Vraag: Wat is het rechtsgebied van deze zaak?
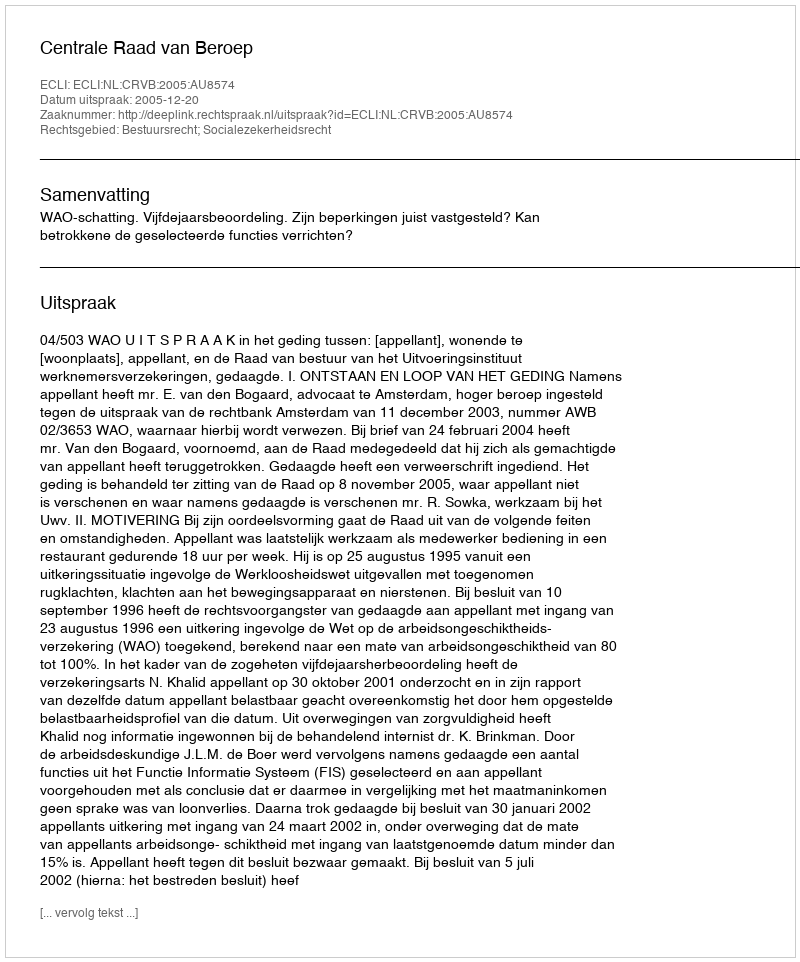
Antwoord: Bestuursrecht; Socialezekerheidsrecht